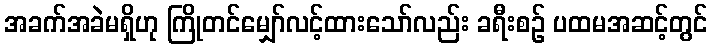
အခက်အခဲမရှိဟု ကြိုတင်မျှော်လင့်ထားသော်လည်း ခရီးစဉ် ပထမအဆင့်တွင်